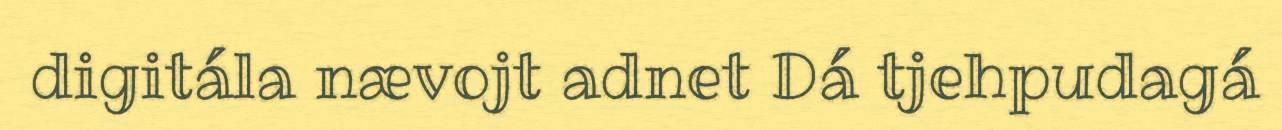
digitála nævojt adnet Dá tjehpudagá